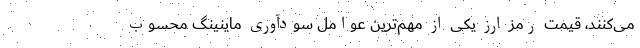
می‌کنند، قیمت رمز ارز یکی از مهم‌ترین عوامل سودآوری ماینینگ محسوب